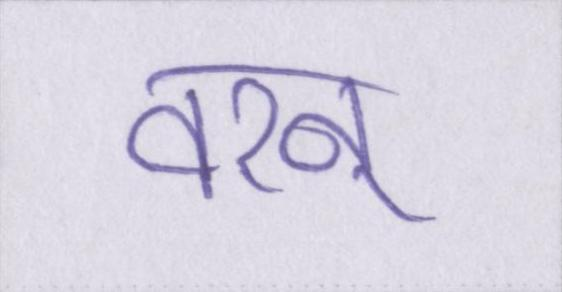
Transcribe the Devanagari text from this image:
वरन्